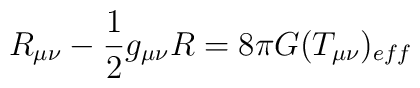
R_{\mu \nu}-\frac{1}{2} g_{\mu \nu} R =8\pi G (T_{\mu \nu})_{eff}